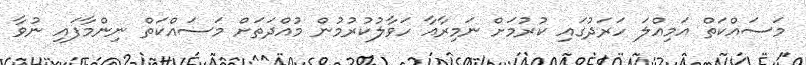
މަސައްކަތް އަމިއްލަ ހަރަދުގައި ކުރުމަށް ނަމިރާއާ ހަވާލުކުރުމުން މުއްދަތަށް މަސައްކަތް ނިންމާފައި ނުވާ